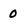
Character: 0